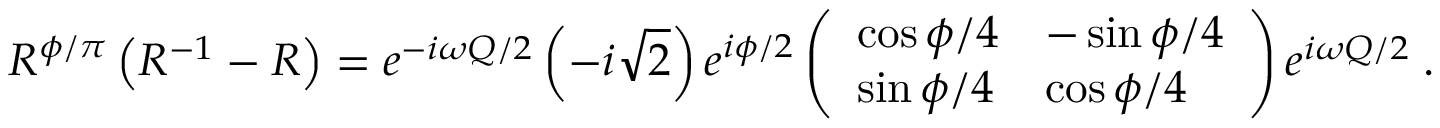
{ \cal R } ^ { \phi / \pi } \left( { \cal R } ^ { - 1 } - { \cal R } \right) = e ^ { - i \omega Q / 2 } \left( - i \sqrt { 2 } \right) e ^ { i \phi / 2 } \left( \begin{array} { l l } { { \cos \phi / 4 } } & { { - \sin \phi / 4 } } \\ { { \sin \phi / 4 } } & { { \cos \phi / 4 } } \end{array} \right) e ^ { i \omega Q / 2 } \; .